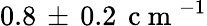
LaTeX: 0.8\, \pm\, 0.2\, \mathrm{~c~m~}^{-1}